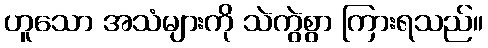
ဟူသော အသံများကို သဲကွဲစွာ ကြားရသည်။